Vaccination North-Western Provinces and Oudh 1878-1895 - 1878-1895
Year: 1878
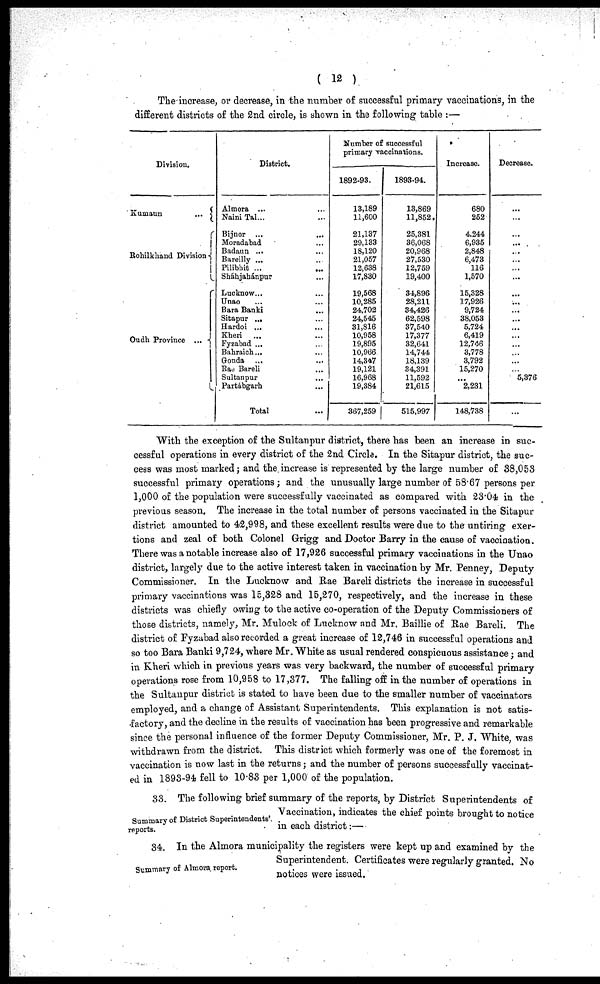
( 12 )
The increase, or decrease, in the number of successful primary vaccinations, in the
different districts of the 2nd circle, is shown in the following table :—
Division.
Kumaun
...
Rohilkhand Division
Oudh Province ...
District.
Almora ... ...
Naini Tal... ...
Bijnor ...
...
Moradabad ...
Badaun ... ...
Bareilly ... ...
Pilibhit ... ...
Sháhjabánpur ...
Lucknow... ...
Unao ... ...
Bara Banki ...
Sitapur ... ...
Hardoi ... ...
Kheri ... ...
Fyzabad ... ...
Bahraich... ...
Gonda... ...
Rae Bareli ...
Sultanpur ...
Partábgarh ...
Total ...
Number of successful
primary vaccinations.
1892-93.
13,189
11,600
21,137
29,133
18,120
21,057
12,638
17,830
19,568
10,285
24,702
24,545
31,816
10,958
19,895
10,966
14,34,7
19,121
16,968
19,384
367,259
1893-94.
13,869
11,852.
25,381
36,068
20,968
27,530
12,759
19,400
34,896
28,211
34,426
62,598
37,540
17,377
32,641
14,744
18,139
34,391
11,592
21,615
515,997
Increase.
680
252
4,244
6,935
2,848
6,473
116
1,570
15,328
17,926
9,724
38,053
5,724
6,419
12,746
3,778
3,792
15,270
...
2,231
148,738
Decrease.
...
...
...
...
...
...
...
...
...
...
...
...
...
...
...
...
...
...
5,376
...
With the exception of the Sultanpur district, there has been an increase in suc-
cessful operations in every district of the 2nd Circle. In the Sitapur district, the suc-
cess was most marked; and the increase is represented by the large number of 38,053
successful primary operations; and the unusually large number of 58.67 persons per
1,000 of the population were successfully vaccinated as compared with 23.04 in the
previous season. The increase in the total number of persons vaccinated in the Sitapur
district amounted to 42,998, and these excellent results were due to the untiring exer-
tions and zeal of both Colonel Grigg and Doctor Barry in the cause of vaccination.
There was a notable increase also of 17,926 successful primary vaccinations in the Unao
district, largely due to the active interest taken in vaccination by Mr. Penney, Deputy
Commissioner. In the Lucknow and Rae Bareli districts the increase in successful
primary vaccinations was 15,328 and 15,270, respectively, and the increase in these
districts was chiefly owing to the active co-operation of the Deputy Commissioners of
those districts, namely, Mr. Mulock of Lucknow and Mr. Baillie of Rae Bareli. The
district of Fyzabad also recorded a great increase of 12,746 in successful operations and
so too Bara Banki 9,724, where Mr. White as usual rendered conspicuous assistance; and
in Kheri which in previous years was very backward, the number of successful primary
operations rose from 10,958 to 17,377. The falling off in the number of operations in
the Sultanpur district is stated to have been due to the smaller number of vaccinators
employed, and a change of Assistant Superintendents. This explanation is not satis-
factory, and the decline in the results of vaccination has been progressive and remarkable
since the personal influence of the former Deputy Commissioner, Mr. P. J. White, was
withdrawn from the district. This district which formerly was one of the foremost in
vaccination is now last in the returns; and the number of persons successfully vaccinat-
ed in 1893-94 fell to 10.83 per 1,000 of the population.
Summary of District Superintendents'
reports.
33. The following brief summary of the reports, by District Superintendents of
Vaccination, indicates the chief points brought to notice
in each district:—
Summary of Almora report.
34. In the Almora municipality the registers were kept up and examined by the
Superintendent. Certificates were regularly granted. No
notices were issued.